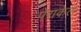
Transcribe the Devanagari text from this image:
पेराकेल